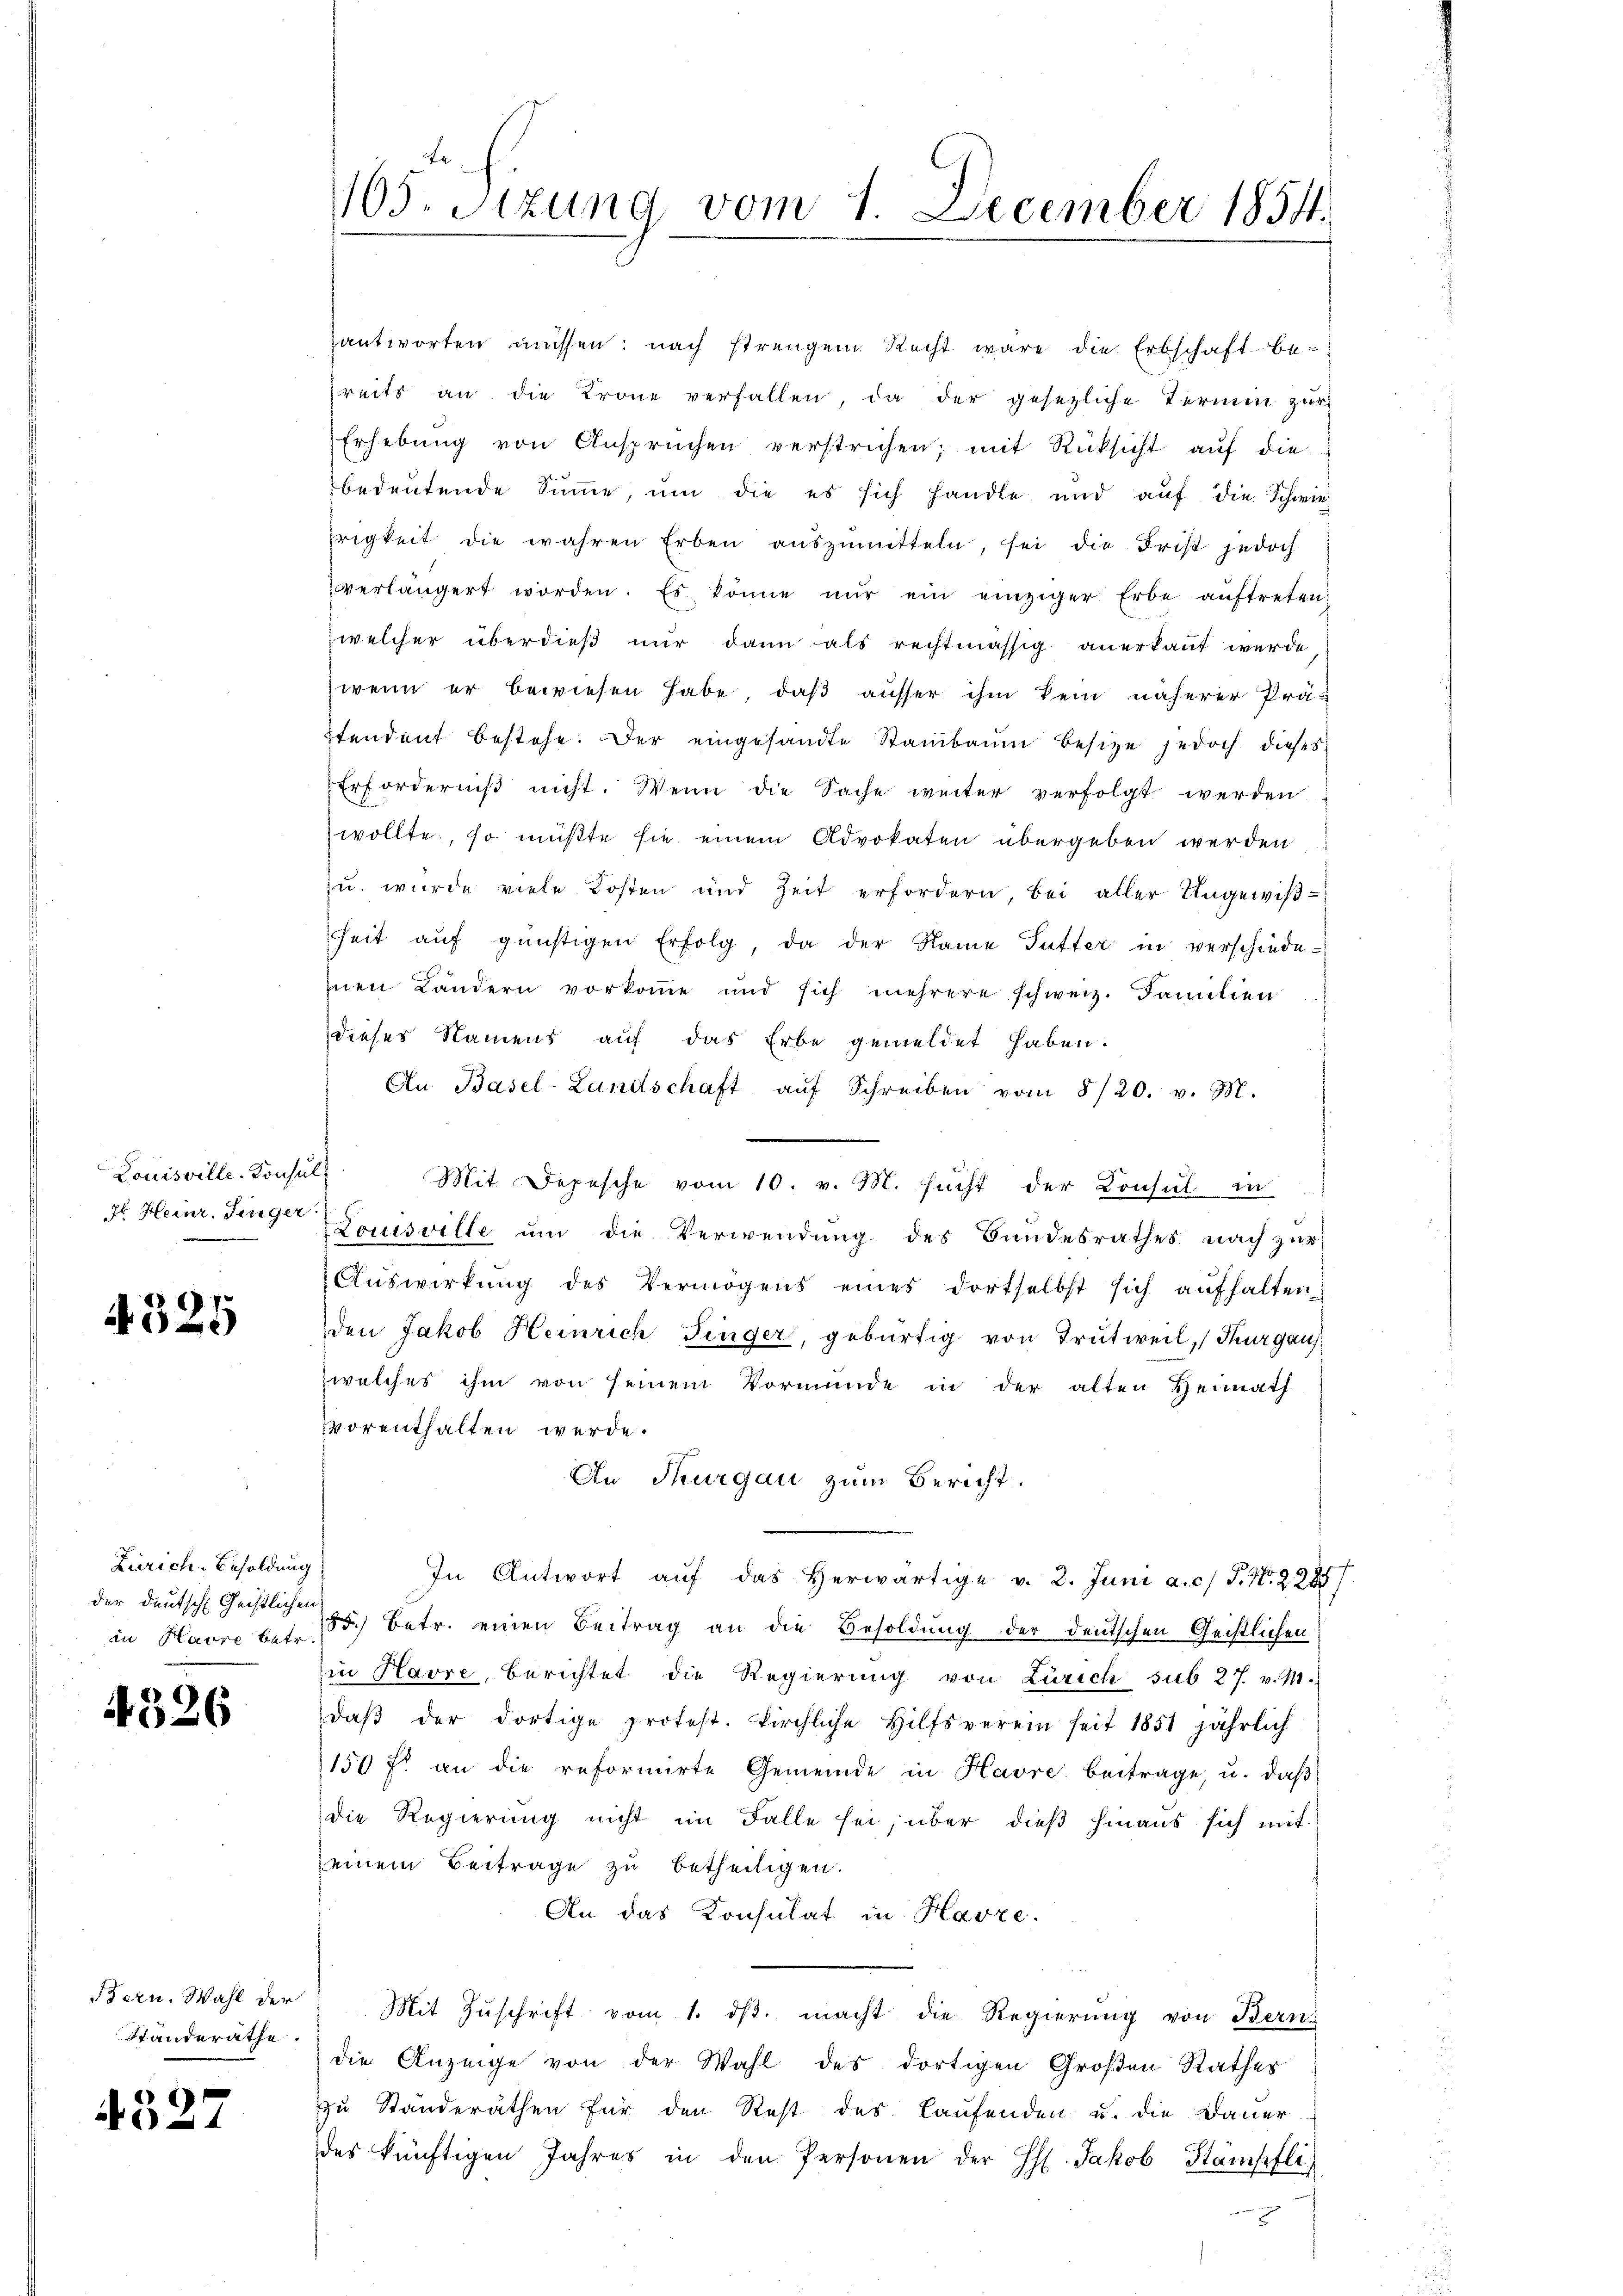
Louisville. Konsulf

4525

Lierich-Besoldung
der Deutsche Geistlichen

4326

Bern. Wahl der
Standeräthe.

4527

1105. Sitzung vom 1. December 1854.

antworten müssen: nach strengen Recht wäre die Erbschaft be-
reits an die Krone verfallen, da der gesezliche Termin zur
Erhebŭng von Ansprüchen verstrichen; mit Rücksicht aŭf die
bedeŭtende Sŭṁe, ŭm die es sich handle und aŭf die Schwie
rigkeit die wahren Erben auszumitteln, sei die Frist jedoch
verlängert worden. Es könne nŭr ein einziger Erbe aŭftreten,
zwelcher überdieß nur dann als rechtmässig anerkannt wurde
wenn er bewiesen habe, daß ausser ihm kein näherer Prä-
stendent bestehe. Der eingesandte Stammbaum besitze jedoch dieses
Erforderniß nicht. Wenn die Sache weiter verfolgt werden
wollte, so müßte sie einem Advokaten übergeben werden
zu wurde viele Kosten und Zeit erfordern, bei aller Ungewißheit aŭf günstigen Erfolg, da der Name Futter in verschiede-
znen Ländern vorkomme und sich mehrere schweiz. Familien
dieses Namens auf das Erbe gemeldet haben.
An Basel-Landschaft aŭf Schreiben vom 8/20. v. M.
s
Mit Depesche vom 10. v. M. sucht der Konsul in
dl Heinr. Singer Louisville um die Verwendung des Bundesrathes nach zur
Aŭswirkŭng des Vermögens eines dortselbst sich aufhalten
den Jakob Heinrich Finger, gebürtig von Trutweil, Thurgau,
welches ihm von seinem Vormunde in der alten Heimath
vorenthalten werde.
An Thurgau zum Bericht.
In Antwort auf das herwärtige v. 2. Juni a. c. J. N. 2285)
in Havre bet. So betr. einen Beitrag an die Besoldung der deutschen Geistlichen
in Havre, berichtet die Regierung von Zürich sub 27. v. M.
daβ der dortige protest. Kirchliche Hilfsverein seit 1851 jährlich
150 fl an die reformirte Gemeinde in Havre beitrage, u. daβ
die Regierung nicht im Falle sei, über dieß hinaus sich mit
einem Beitrage zu betheiligen.
An das Konsulat in Havre.
Mit Zŭschrift vom 1. dβ macht die Regierung von Berns
die Anzeige von der Wahl des dortigen Großen Rathes
zu Standeräthen für den Rest des Laufenden u. die Bauer
des künftigen Jahres in den Personen der Hs. Jakob Stämpfli